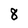
Character: 8